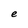
Character: e